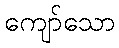
ကျော်သော